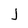
Character: j